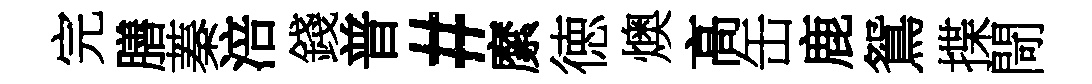
完膳蓁涪錢普#縻徳燠高缶鹿鴛揲閜